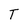
Character: T